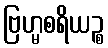
ဗြဟ္မစရိယဉ္စ